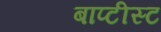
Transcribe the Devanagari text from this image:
बाप्टीस्ट